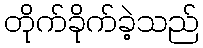
တိုက်ခိုက်ခဲ့သည်